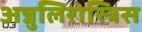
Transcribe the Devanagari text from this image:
अन्नुलिरोस्त्रिस